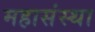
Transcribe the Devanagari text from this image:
महासंस्था